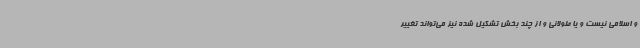
و اسلامی نیست و یا طولانی و از چند بخش تشکیل شده نیز می‌تواند تغییر